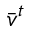
\Bar { v } ^ { t }